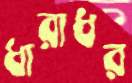
ধারাধর